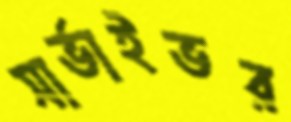
সার্ভাইভর